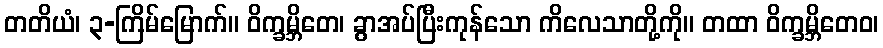
တတိယံ၊ ၃-ကြိမ်မြောက်။ ဝိက္ခမ္ဘိတေ၊ ခွာအပ်ပြီးကုန်သော ကိလေသာတို့ကို။ တထာ ဝိက္ခမ္ဘိတေဝ၊